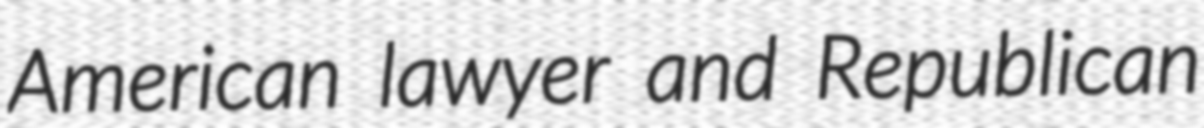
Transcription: American lawyer and Republican